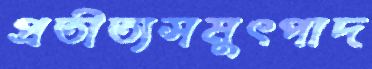
প্রতীত্যসমুৎপাদ